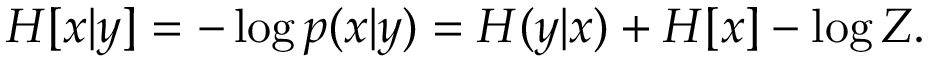
\begin{array} { r } { H [ x | y ] = - \log p ( x | y ) = H ( y | x ) + H [ x ] - \log Z . } \end{array}